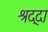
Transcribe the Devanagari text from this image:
श्रद्दा